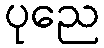
ပုညေ